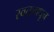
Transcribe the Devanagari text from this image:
स्वतःमधून